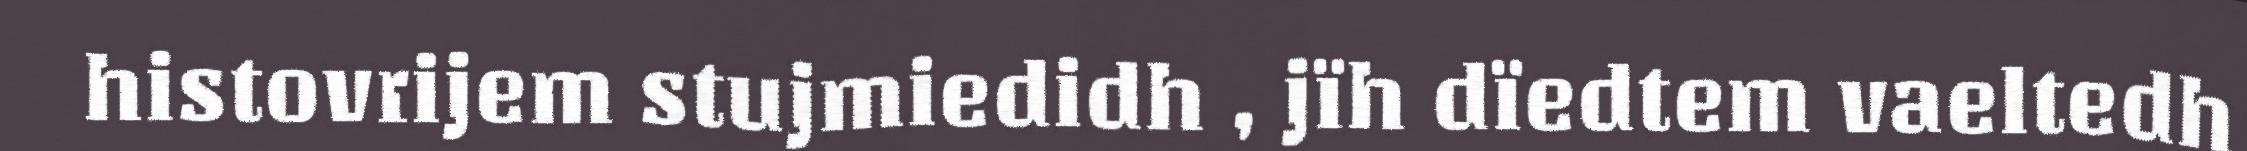
histovrijem stujmiedidh , jïh dïedtem vaeltedh